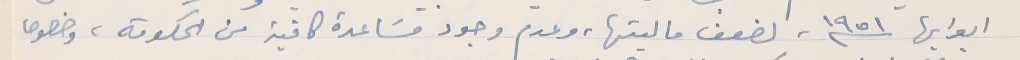
ابوابها سنة ١٩٥١، لضعف ماليتها، وعدم وجود مسَاعدة كافية من الحكومة، وخصوصا